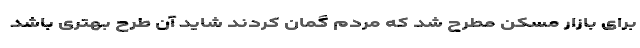
برای بازار مسکن مطرح شد که مردم گمان کردند شاید آن طرح بهتری باشد